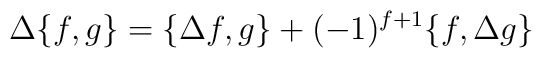
\Delta\{f,g\}=\{\Delta f,g\} +(-1)^{f+1}\{f,\Delta g\}